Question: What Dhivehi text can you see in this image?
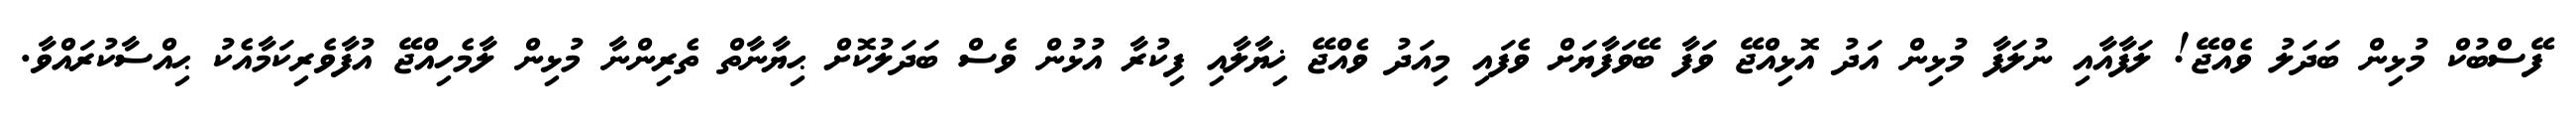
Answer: ފޭސްބުކް މުޅިން ބަދަލު ވެއްޖޭ! ލަފާއާއި ނުލަފާ މުޅިން އަދު އޮޅިއްޖޭ ވަފާ ބޭވަފާޔަށް ވެފައި މިއަދު ވެއްޖޭ ޚިޔާލާއި ފިކުރާ އުޅުން ވެސް ބަދަލުކޮށް ޙިޔާނާތް ތެރިންނާ މުޅިން ލާމެހިއްޖޭ އުފާވެރިކަމާއެކު ޙިއްސާކުރައްވާ.